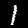
Label: 1